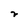
Character: r